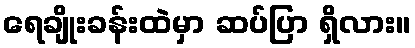
ရေချိုးခန်းထဲမှာ ဆပ်ပြာ ရှိလား။